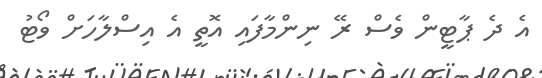
އެ ދެ ޕާޓީން ވެސް ރޭ ނިންމާފައި އޮތީ އެ އިސްލާހަށް ވޯޓު